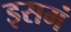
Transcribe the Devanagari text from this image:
इसमं